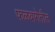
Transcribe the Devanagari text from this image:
फळबागेतील